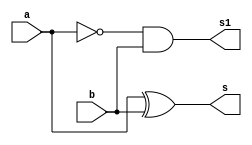

 // ------------------------- 
// Exemplo0035 - Comprador: menor, maior ou Igual
// Nome: Gustavo Jota Resende
// ------------------------- 
// ------------------------- 
// meia difrenca
// ------------------------- 

module meiadiferenca (output s, 
						output s1,
                  input a,  
                  input b); 
wire l;


not n1 (l,a);
xor x1 (s, a, b);
and a1 (s1, l, b);
 
endmodule // meiadiferenca 

// ------------------------- 
// subtractor
// ------------------------- 						
module subtractor (output s,
                  output sx,
                  input a,  
                  input b,  
                  input b_in);
	
	wire s0,s1,s2;				
						 
	meiadiferenca ha(s0,s1,a,b);
	meiadiferenca ha1(sx,s2,s0,b_in);
	or o1 (s, s2, s1);
	
	endmodule // subtractor

 
 // ------------------------- 
// comparador
// ------------------------- 	
 module comparador (output s,			 
 						input a, 
						input b,
						input b_in);
 
 wire s0,s1;
 
 subtractor ha5(s0,s1,a,b,b_in);
 xor x2 (s, so, s1);
 	
 
 endmodule // comparador				
						
 
 
module test_subtractor;  


// ------------------------- definir dados 
 

reg [5:0] a;
reg [5:0] b;
reg b_in; 
wire s [5:0];
wire s1 [5:0];

comparador i0(s[0], a[0],b[0], b_in);
comparador i1(s[1], a[1],b[1], b_in);
comparador i2(s[2], a[2],b[2], b_in);
comparador i3(s[3], a[3],b[3], b_in);
comparador i4(s[4], a[4],b[4], b_in);
comparador i5(s[5], a[5],b[5], b_in);

// ------------------------- parte principal 
initial begin 
$display("Exemplo0021 - Gustavo Jota Resende - 427413"); 
$display("Test ALU's full adder e decremento de 1"); 
// projetar testes do somador complete

#1 a = 6'b000001;  b = 6'b000001;  b_in = 1'b0;
      
		#1 $display("Resultados 000000=iguais s[0]=1=menor, s[0]=0=maior ");		
		
		#1 $display("%6b - %6b = 6%b b_in: %1b" ,a ,b,  b_in); 

 
end 
endmodule // test_fullAdder 

//Teste
//000001 - 000001 = 60 b_in: <%1b>
//Ocorreu uma erro na execucao no qual nao entendi o problema